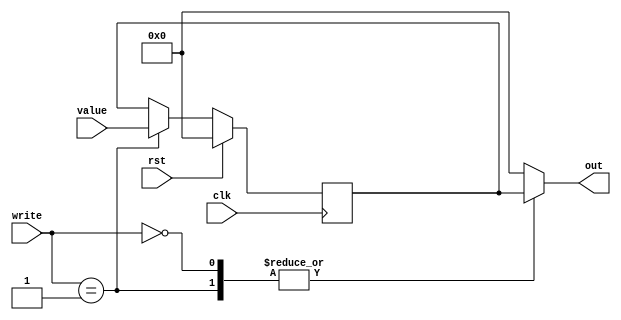
module register_35 (
    input clk,
    input rst,
    input [15:0] write,
    input [15:0] value,
    output reg [15:0] out
  );
  
  
  
  reg [15:0] M_reg_d, M_reg_q = 1'h0;
  
  always @* begin
    M_reg_d = M_reg_q;
    
    
    case (write)
      1'h1: begin
        M_reg_d = value;
        out = M_reg_q;
      end
      1'h0: begin
        M_reg_d = M_reg_q;
        out = M_reg_q;
      end
      default: begin
        out = 16'h0000;
      end
    endcase
  end
  
  always @(posedge clk) begin
    if (rst == 1'b1) begin
      M_reg_q <= 1'h0;
    end else begin
      M_reg_q <= M_reg_d;
    end
  end
  
endmodule